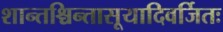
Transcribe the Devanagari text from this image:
शान्तश्चिन्तासूयादिवर्जितः